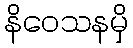
နိဝေသနမှိ